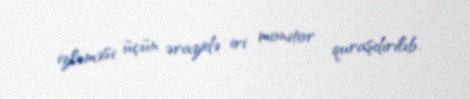
izləməsi üçün ərazidə iri monitor quraşdırılıb.